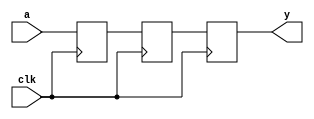
//*******************************FILE HEAD**************************************
//*********************Verilog HDL *********************
// FUNCTION        : 
// AUTHOR          : 
// DATE & REVISION : 
// COMPANY         : Verilog HDL 
// UPDATE          :
//******************************************************************************

module timing_no_block_assign
        (
            input clk,
            input a, 
            
            output y        
        );
    
    reg temp_one;
    reg temp_two;
    reg y_r;

    assign y = y_r;
    
    always @(posedge clk)
    begin
        temp_one <= a;
        temp_two <= temp_one;
        y_r <= temp_two;        
    end    
endmodule
// END OF timing_no_block_assign.v FILE ***************************************************